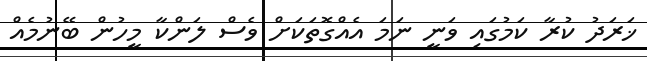
ޚަރަދު ކުރާ ކަމުގައި ވަނީ ނަމަ އެއްގޮތަކަށް ވެސް ލަންކާ މީހުން ބޭނުމެއް